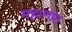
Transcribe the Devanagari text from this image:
महालांत